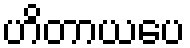
ဟိတာယပေ